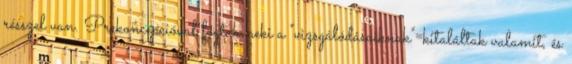
résszel van. Prekoncepcióval fogtak neki a "vizsgálódásaiknak"=kitaláltak valamit, és